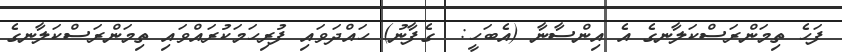
ފަހެ ތިމަންރަސްކަލާނގެ އެ އިންސާނާ (އެބަހީ:  ގެފާނު) ހައްދަވައި ފުރިހަމަކުރައްވައި ތިމަންރަސްކަލާނގެ